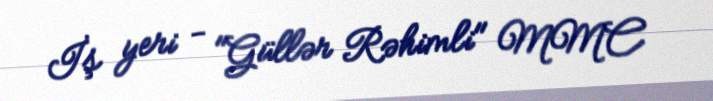
İş yeri - "Güllər Rəhimli" MMC